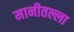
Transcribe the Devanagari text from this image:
मानीतल्ला